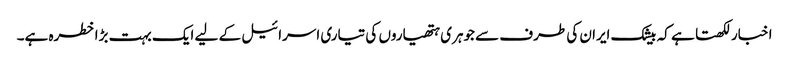
اخبار لکھتا ہے کہ بیشک ایران کی طرف سے جوہری ہتھیاروں کی تیاری اسرائیل کے لیے ایک بہت بڑا خطرہ ہے۔